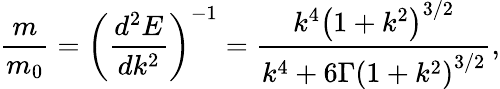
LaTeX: \frac{m}{{{m_{0}}}}={\left({\frac{{{d^{2}}E}}{{d{k^{2}}}}}\right)^{-1}}=\frac{{{k^{4}}{{\left({1+{k^{2}}}\right)}^{3/2}}}}{{{k^{4}}+6\Gamma{{\left({1+{k^{2}}}\right)}^{3/2}}}},